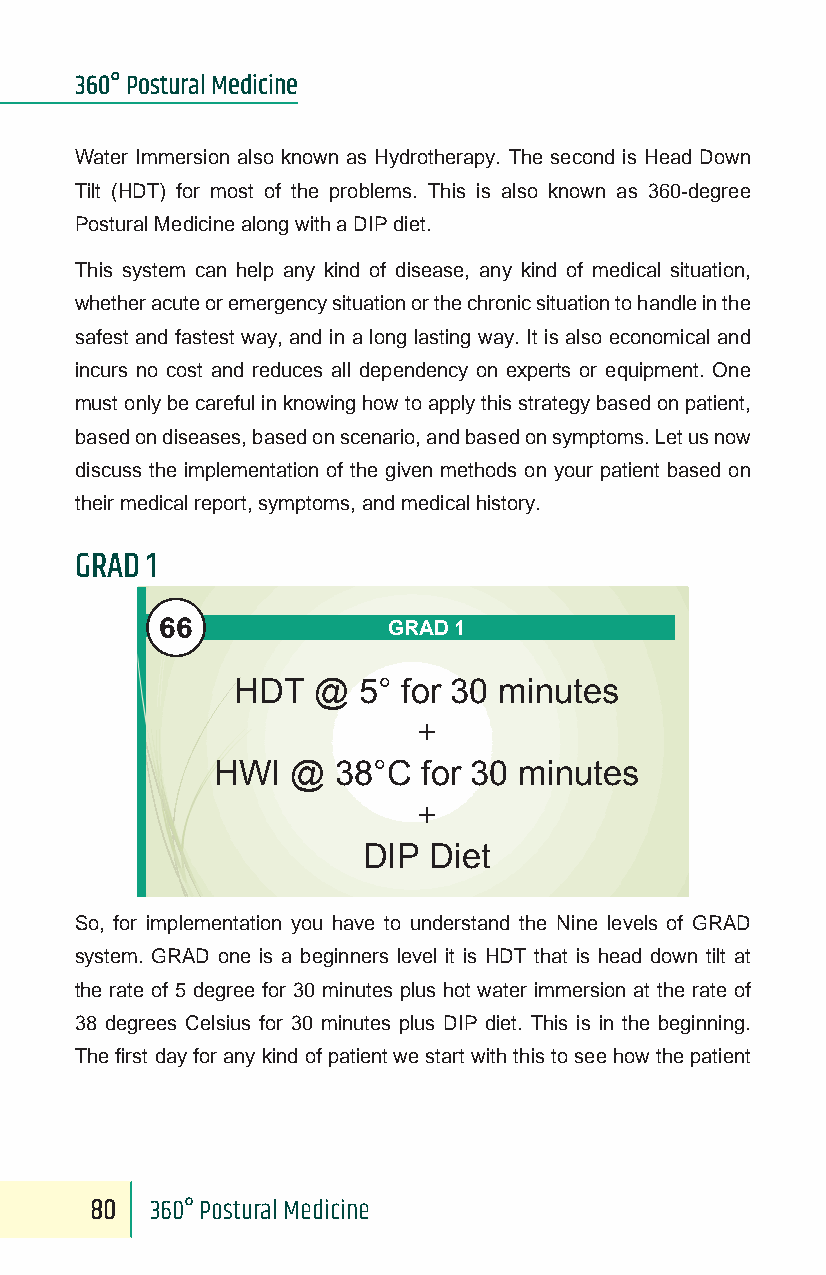
360° Postural Medicine
 Water Immersion also known as Hydrotherapy. The second is Head Down
 Tilt (HDT) for most of the problems. This is also known as 360-degree
 Postural Medicine along with a DIP diet.
 This system can help any kind of disease, any kind of medical situation,
 whether acute or emergency situation or the chronic situation to handle in the
 safest and fastest way, and in a long lasting way. It is also economical and
 incurs no cost and reduces all dependency on experts or equipment. One
 must only be careful in knowing how to apply this strategy based on patient,
 based on diseases, based on scenario, and based on symptoms. Let us now
 discuss the implementation of the given methods on your patient based on
 their medical report, symptoms, and medical history.
 GRAD 1
 66
 GRAD 1
 HDT  @  5° for 30 minutes
 +
 HWI  @  38°C  for 30 minutes
 +
 DIP Diet
 So, for implementation you have to understand the Nine levels of GRAD
 system. GRAD one is a beginners level it is HDT that is head down tilt at
 the rate of 5 degree for 30 minutes plus hot water immersion at the rate of
 38 degrees Celsius for 30 minutes plus DIP diet. This is in the beginning.
 The first day for any kind of patient we start with this to see how the patient
 80  360° Postural Medicine